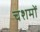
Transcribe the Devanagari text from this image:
चशमों